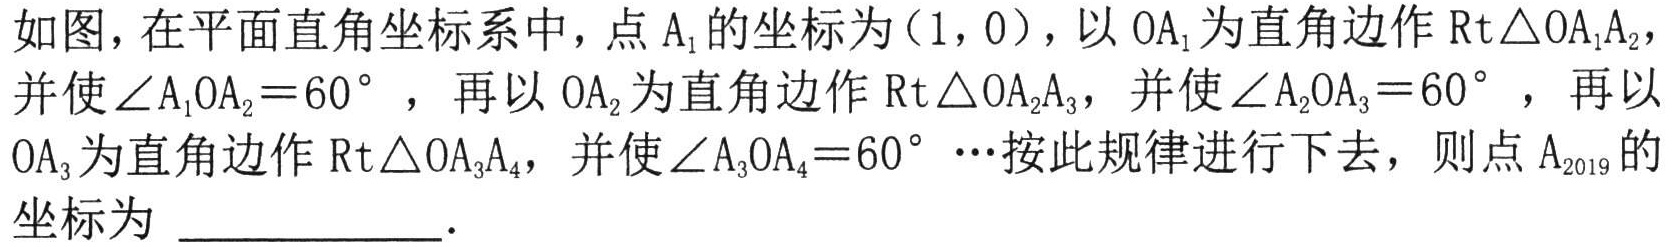
如图，在平面直角坐标系中，点\(A_{1}\)的坐标为\((1,0)\)，以\(OA_{1}\)为直角边作\(Rt\triangle OA_{1}A_{2}\)，并使\(\angle A_{1}OA_{2}=60^{\circ }\)，再以\(OA_{2}\)为直角边作\(Rt\triangle OA_{2}A_{3}\)，并使\(\angle A_{2}OA_{3}=60^{\circ }\)，再以\(OA_{3}\)为直角边作\(Rt\triangle OA_{3}A_{4}\)，并使\(\angle A_{3}OA_{4}=60^{\circ }\cdots\)按此规律进行下去，则点\(A_{2019}\)的坐标为 \(\underline{\quad\quad}\)．